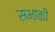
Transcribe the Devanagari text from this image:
सभाकी